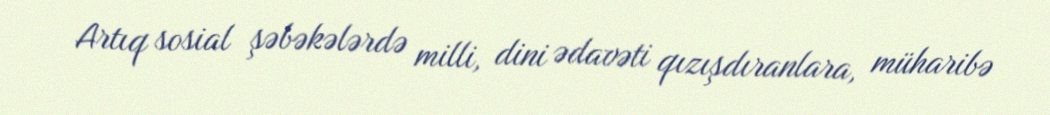
Artıq sosial şəbəkələrdə milli, dini ədavəti qızışdıranlara, müharibə